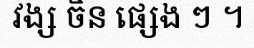
វង្ស ចិន ផ្សេង ៗ ។